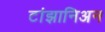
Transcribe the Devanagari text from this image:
टांझानिअन